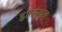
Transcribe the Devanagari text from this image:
ह्वासोन्मुख